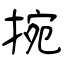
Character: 捥